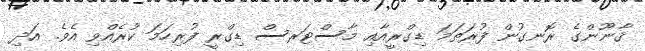
ޤާނޫންގެ ރޮނގުން ފުރަތަމަ ޑިގްރީއާއި މާސްޓަރސް ޑިގްރީ ފުރިހަމަ ކުރެއްވި އެވެ. އަދި